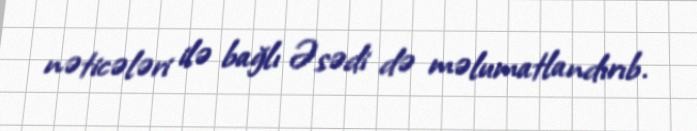
nəticələri ilə bağlı Əsədi də məlumatlandırıb.